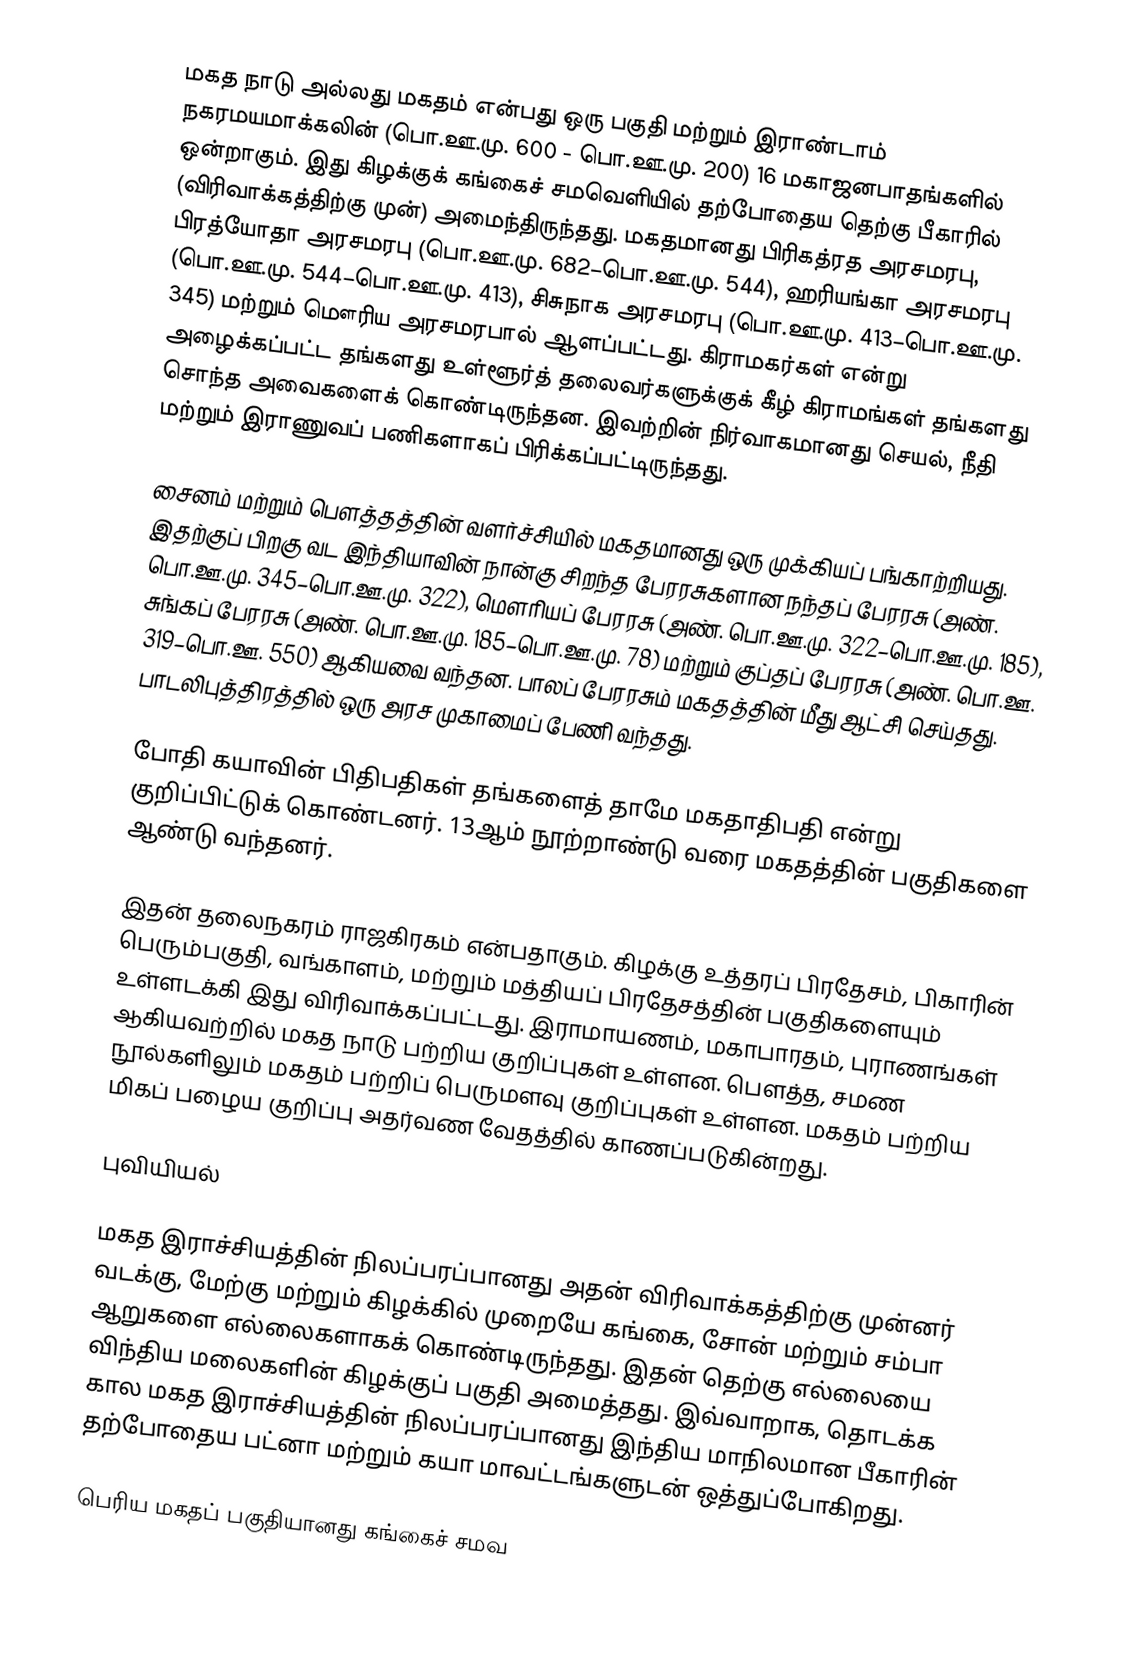
மகத நாடு அல்லது மகதம் என்பது ஒரு பகுதி மற்றும் இராண்டாம் நகரமயமாக்கலின் (பொ.ஊ.மு. 600 - பொ.ஊ.மு. 200) 16 மகாஜனபாதங்களில் ஒன்றாகும். இது கிழக்குக் கங்கைச் சமவெளியில் தற்போதைய தெற்கு பீகாரில் (விரிவாக்கத்திற்கு முன்) அமைந்திருந்தது. மகதமானது பிரிகத்ரத அரசமரபு, பிரத்யோதா அரசமரபு (பொ.ஊ.மு. 682–பொ.ஊ.மு. 544), ஹரியங்கா அரசமரபு (பொ.ஊ.மு. 544–பொ.ஊ.மு. 413), சிசுநாக அரசமரபு (பொ.ஊ.மு. 413–பொ.ஊ.மு. 345) மற்றும் மௌரிய அரசமரபால் ஆளப்பட்டது. கிராமகர்கள் என்று அழைக்கப்பட்ட தங்களது உள்ளூர்த் தலைவர்களுக்குக் கீழ் கிராமங்கள் தங்களது சொந்த அவைகளைக் கொண்டிருந்தன. இவற்றின் நிர்வாகமானது செயல், நீதி மற்றும் இராணுவப் பணிகளாகப் பிரிக்கப்பட்டிருந்தது.

சைனம் மற்றும் பௌத்தத்தின் வளர்ச்சியில் மகதமானது ஒரு முக்கியப் பங்காற்றியது. இதற்குப் பிறகு வட இந்தியாவின் நான்கு சிறந்த பேரரசுகளான நந்தப் பேரரசு (அண். பொ.ஊ.மு. 345–பொ.ஊ.மு. 322), மௌரியப் பேரரசு (அண். பொ.ஊ.மு. 322–பொ.ஊ.மு. 185), சுங்கப் பேரரசு (அண். பொ.ஊ.மு. 185–பொ.ஊ.மு. 78) மற்றும் குப்தப் பேரரசு (அண். பொ.ஊ. 319–பொ.ஊ. 550) ஆகியவை வந்தன. பாலப் பேரரசும் மகதத்தின் மீது ஆட்சி செய்தது. பாடலிபுத்திரத்தில் ஒரு அரச முகாமைப் பேணி வந்தது.

போதி கயாவின் பிதிபதிகள் தங்களைத் தாமே மகதாதிபதி என்று குறிப்பிட்டுக் கொண்டனர். 13ஆம் நூற்றாண்டு வரை மகதத்தின் பகுதிகளை ஆண்டு வந்தனர்.

இதன் தலைநகரம் ராஜகிரகம் என்பதாகும். கிழக்கு உத்தரப் பிரதேசம், பிகாரின் பெரும்பகுதி, வங்காளம், மற்றும் மத்தியப் பிரதேசத்தின்  பகுதிகளையும் உள்ளடக்கி இது விரிவாக்கப்பட்டது. இராமாயணம், மகாபாரதம், புராணங்கள் ஆகியவற்றில் மகத நாடு பற்றிய குறிப்புகள் உள்ளன. பௌத்த, சமண நூல்களிலும் மகதம் பற்றிப் பெருமளவு குறிப்புகள் உள்ளன. மகதம் பற்றிய மிகப் பழைய குறிப்பு அதர்வண வேதத்தில் காணப்படுகின்றது.

புவியியல்

மகத இராச்சியத்தின் நிலப்பரப்பானது அதன் விரிவாக்கத்திற்கு முன்னர் வடக்கு, மேற்கு மற்றும் கிழக்கில் முறையே கங்கை, சோன் மற்றும் சம்பா ஆறுகளை எல்லைகளாகக் கொண்டிருந்தது. இதன் தெற்கு எல்லையை விந்திய மலைகளின் கிழக்குப் பகுதி அமைத்தது. இவ்வாறாக, தொடக்க கால மகத இராச்சியத்தின் நிலப்பரப்பானது இந்திய மாநிலமான பீகாரின் தற்போதைய பட்னா மற்றும் கயா மாவட்டங்களுடன் ஒத்துப்போகிறது.

பெரிய மகதப் பகுதியானது கங்கைச் சமவ